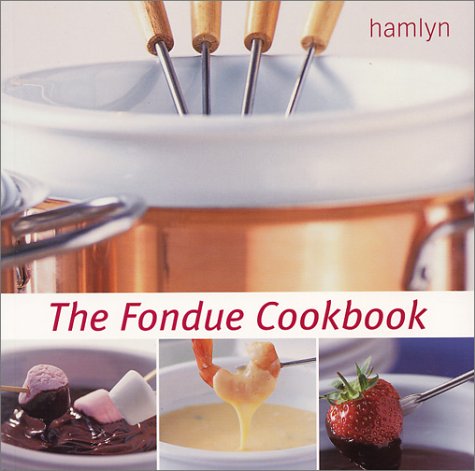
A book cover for Fondue Cookbook; Hamlyn; Cookbooks, Food & Wine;